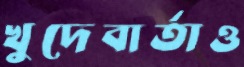
খুদেবার্তাও